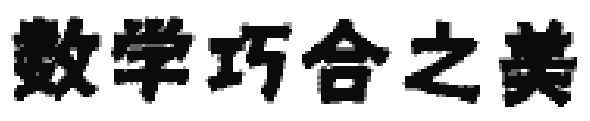
数学巧合之美